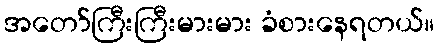
အတော်ကြီးကြီးမားမား ခံစားနေရတယ်။